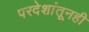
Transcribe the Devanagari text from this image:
परदेशांतूनही